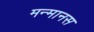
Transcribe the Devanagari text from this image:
मन्मानस